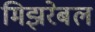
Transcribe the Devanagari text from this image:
मिझरेबल